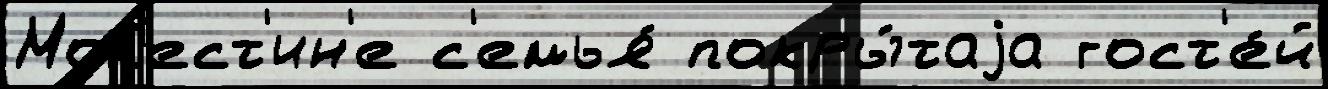
Мол'ест'ин'е с'емья́ покры́таjа гост'е́й